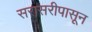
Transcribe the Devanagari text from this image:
सरासरीपासून